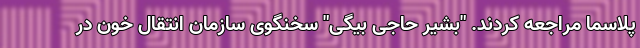
پلاسما مراجعه کردند. "بشیر حاجی بیگی" سخنگوی سازمان انتقال خون در